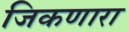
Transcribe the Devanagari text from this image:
जिकणारा